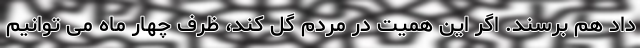
داد هم برسند. اگر این همیت در مردم گل کند، ظرف چهار ماه می توانیم